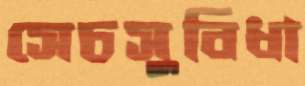
সেচসুবিধা